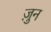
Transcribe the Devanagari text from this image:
ज़ुन